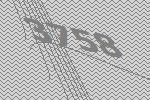
3758